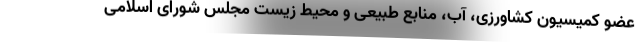
عضو کمیسیون کشاورزی، آب، منابع طبیعی و محیط زیست مجلس شورای اسلامی